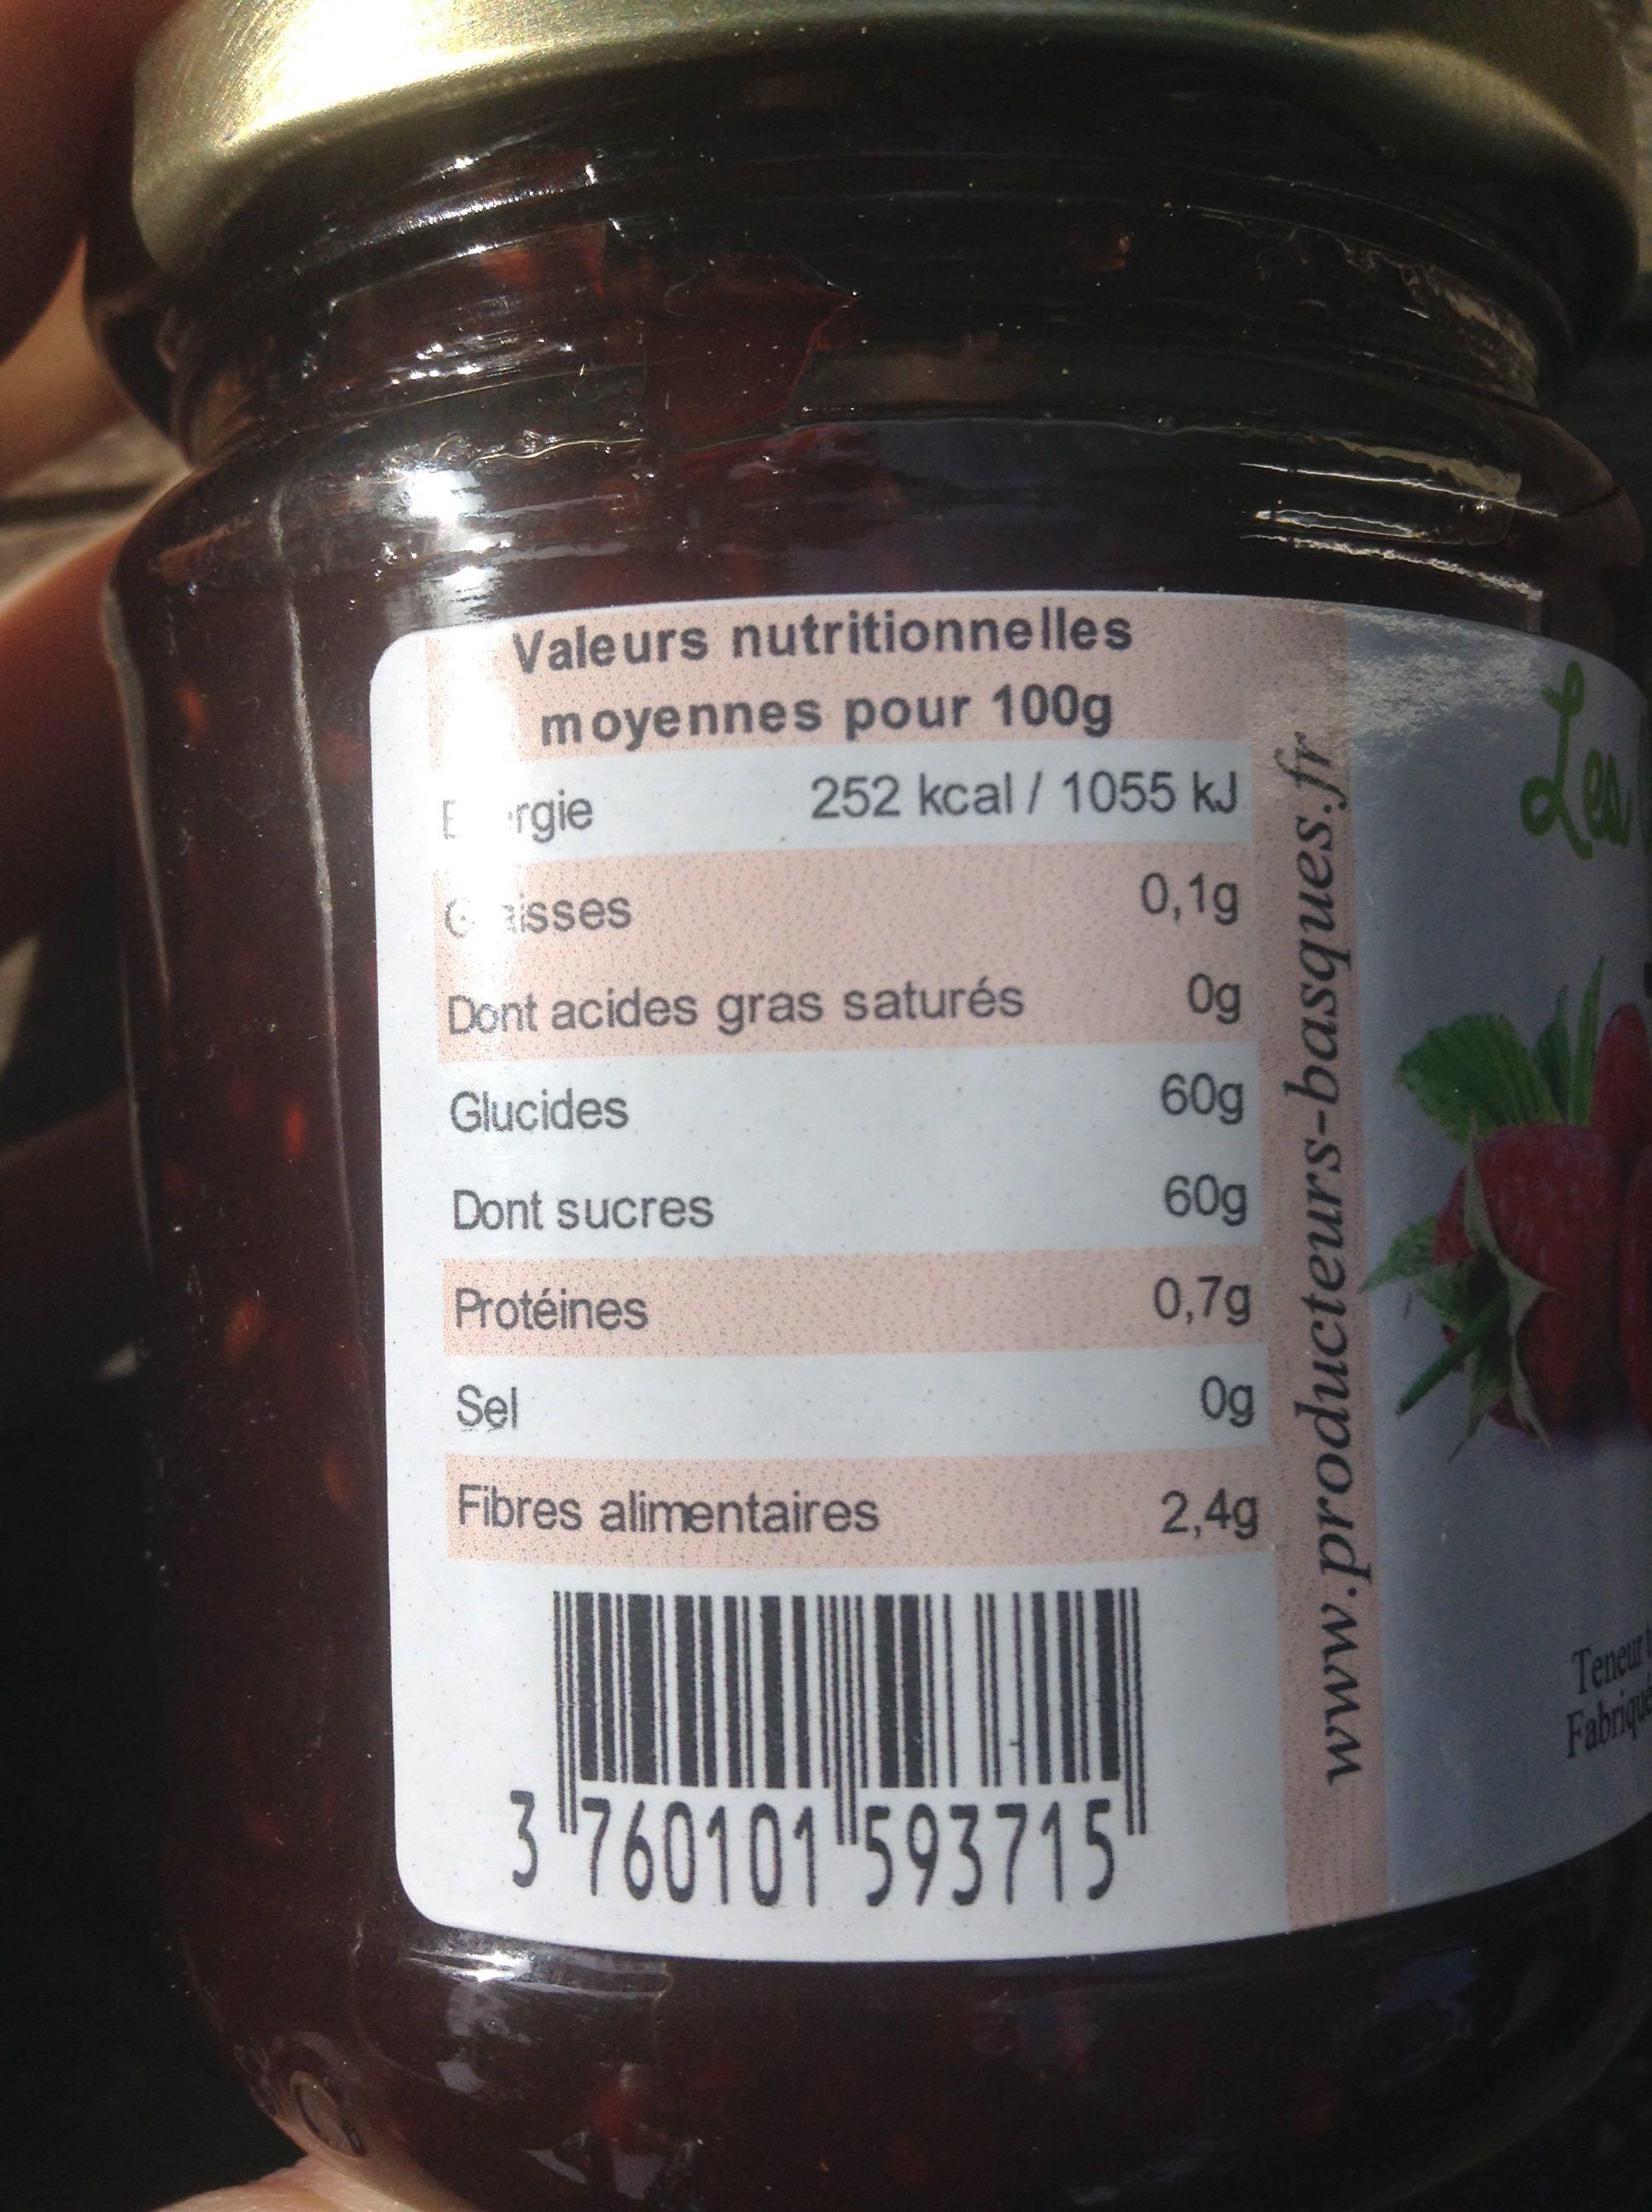
Valeurs nutritionnelles
moyennes pour 100g
Eergie
aisses
252 kcal/1055 kJ
Dont acides gras saturés
Glucides
Dont sucres
Protéines
Sel
Fibres alimentaires
3 760101 593715
0,1g
Og
60g
60g
0,7g
Og
2,4g
www.producteurs-basques.fr
Les
Teneur Fabrique